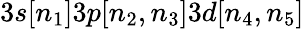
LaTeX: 3s[n_{1}]3p[n_{2},n_{3}]3d[n_{4},n_{5}]